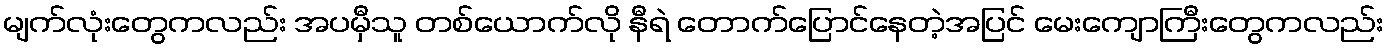
မျက်လုံးတွေကလည်း အပမှီသူ တစ်ယောက်လို နီရဲ တောက်ပြောင်နေတဲ့အပြင် မေးကျောကြီးတွေကလည်း